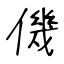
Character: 僟